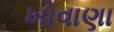
ખોવાણા